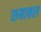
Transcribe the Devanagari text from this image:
रुबाबल